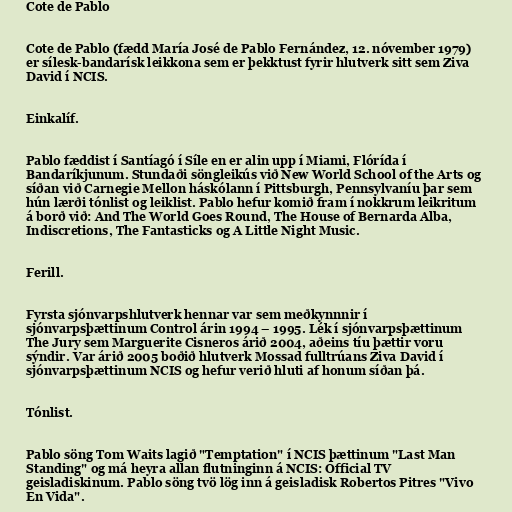
Cote de Pablo

Cote de Pablo (fædd María José de Pablo Fernández, 12. nóvember 1979)
er sílesk-bandarísk leikkona sem er þekktust fyrir hlutverk sitt sem Ziva
David í NCIS.

Einkalíf.

Pablo fæddist í Santíagó í Síle en er alin upp í Miami, Flórída í
Bandaríkjunum. Stundaði söngleikús við New World School of the Arts og
síðan við Carnegie Mellon háskólann í Pittsburgh, Pennsylvaníu þar sem
hún lærði tónlist og leiklist. Pablo hefur komið fram í nokkrum leikritum
á borð við: And The World Goes Round, The House of Bernarda Alba,
Indiscretions, The Fantasticks og A Little Night Music.

Ferill.

Fyrsta sjónvarpshlutverk hennar var sem meðkynnnir í
sjónvarpsþættinum Control árin 1994 – 1995. Lék í sjónvarpsþættinum
The Jury sem Marguerite Cisneros árið 2004, aðeins tíu þættir voru
sýndir. Var árið 2005 boðið hlutverk Mossad fulltrúans Ziva David í
sjónvarpsþættinum NCIS og hefur verið hluti af honum síðan þá.

Tónlist.

Pablo söng Tom Waits lagið "Temptation" í NCIS þættinum "Last Man
Standing" og má heyra allan flutninginn á NCIS: Official TV
geisladiskinum. Pablo söng tvö lög inn á geisladisk Robertos Pitres "Vivo
En Vida".